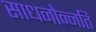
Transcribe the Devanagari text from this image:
साधनोन्नति